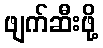
ဖျက်ဆီးဖို့